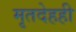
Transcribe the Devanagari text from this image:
मृतदेहही